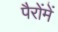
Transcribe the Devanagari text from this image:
पैरोंमें